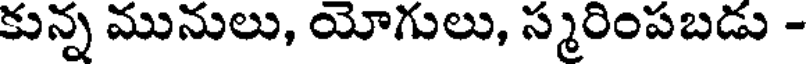
కున్న మునులు, యోగులు, స్మరింపబడు -